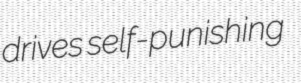
drives self-punishing